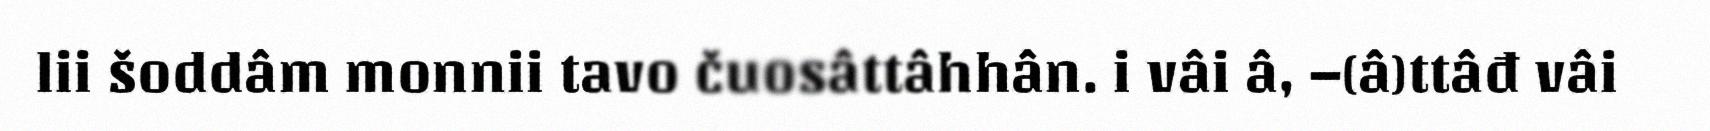
lii šoddâm monnii tavo čuosâttâhhân. i vâi â, –(â)ttâđ vâi